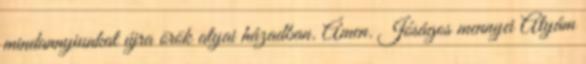
mindannyiunkat újra örök atyai házadban. Ámen. Jóságos mennyei Atyám